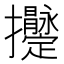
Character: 𢺫